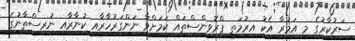
ސަރުކާރުގެ މި އަމުރާ އެކު އިރުމަތީ ޕްރޮވިންސްތައް ކަމަށްވާ ނަންގަރުހާރާއި ކުނާރާއި ނުރިސްތާނުގެ